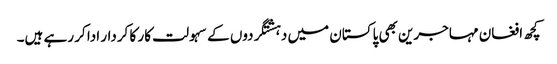
کچھ افغان مہاجرین بھی پاکستان میں دہشتگردوں کے سہولت کار کا کردار ادا کر رہے ہیں۔